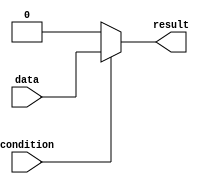
module if_else_example (
    input wire condition,
    input wire data,
    output reg result
);

always @*
begin
    if (condition)
    begin
        result = data;
    end
    else
    begin
        result = 0;
    end
end

endmodule